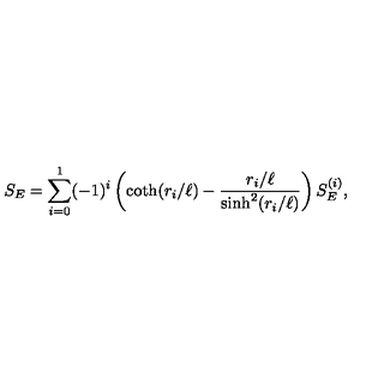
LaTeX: S _ { E } = \sum _ { i = 0 } ^ { 1 } ( - 1 ) ^ { i } \left( \coth ( r _ { i } / \ell ) - { \frac { r _ { i } / \ell } { \sinh ^ { 2 } ( r _ { i } / \ell ) } } \right) S _ { E } ^ { ( i ) } ,